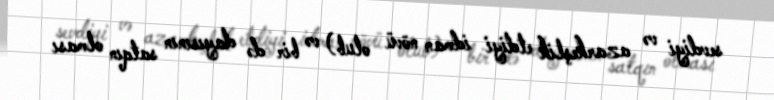
sevdiyi və azarkeşlik etdiyi idman növü olub) və bir də dayısının satqın olması